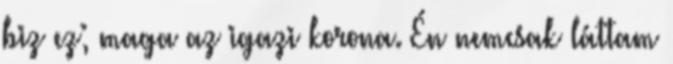
biz ez; maga az igazi korona. Én nemcsak láttam